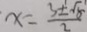
x = \frac { 3 \pm \sqrt { 5 } } { 2 }